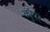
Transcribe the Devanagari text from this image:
क्युपर